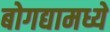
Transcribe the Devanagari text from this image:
बोगद्यामध्ये